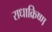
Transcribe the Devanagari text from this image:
राधाक्रिष्ण